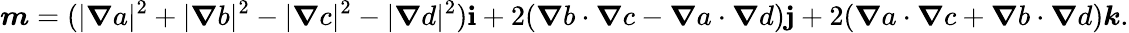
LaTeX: \boldsymbol{m}=(|\boldsymbol{\nabla}a|^{2}+|\boldsymbol{\nabla}b|^{2}-|\boldsymbol{\nabla}c|^{2}-|\boldsymbol{\nabla}d|^{2})\boldsymbol{\mathbf{i}}+2(\boldsymbol{\nabla}b\cdot\boldsymbol{\nabla}c-\boldsymbol{\nabla}a\cdot\boldsymbol{\nabla}d)\boldsymbol{\mathbf{j}}+2(\boldsymbol{\nabla}a\cdot\boldsymbol{\nabla}c+\boldsymbol{\nabla}b\cdot\boldsymbol{\nabla}d)\boldsymbol{k}.